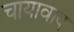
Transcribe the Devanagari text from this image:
चायावाद